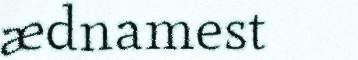
ædnamest